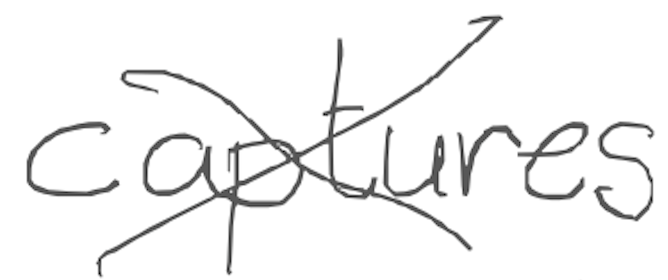
Text: captures
Cross-out: cross
Writing tool: digital_gray